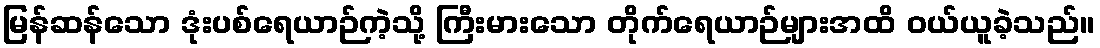
မြန်ဆန်သော ဒုံးပစ်ရေယာဉ်ကဲ့သို့ ကြီးမားသော တိုက်ရေယာဉ်များအထိ ဝယ်ယူခဲ့သည်။